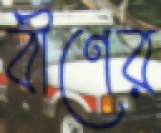
বীণের